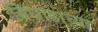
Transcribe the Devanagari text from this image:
बिघाडाच्या